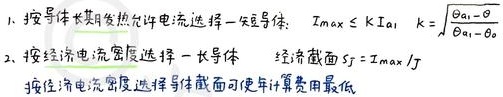
1. 按导体长期发热允许电流选择一良导体：$I_{max}\leq KI_{al}$，$K = \sqrt{\frac{\theta_{al}-\theta}{\theta_{al}-\theta_{0}}}$
2. 按经济电流密度选择一长导体：经济截面$S = I_{max}/J$
按经济电流密度选择导体截面可使年计算费用最低